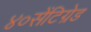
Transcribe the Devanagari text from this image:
४०सेंटिग्रेड